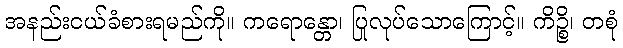
အနည်းငယ်ခံစားရမည်ကို။ ကရောန္တော၊ ပြုလုပ်သောကြောင့်။ ကိဉ္စိ၊ တစုံ